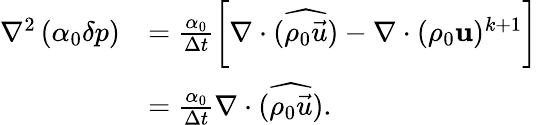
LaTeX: \begin{array}{rl}{\nabla^{2}\left(\alpha_{0}\delta p\right)}&{=\frac{\alpha_{0}}{\Delta t}\left[\nabla\cdot(\widehat{\rho_{0}\vec{u}})-\nabla\cdot(\rho_{0}\mathbf{u})^{k+1}\right]}\\ &{=\frac{\alpha_{0}}{\Delta t}\nabla\cdot(\widehat{\rho_{0}\vec{u}}).}\end{array}